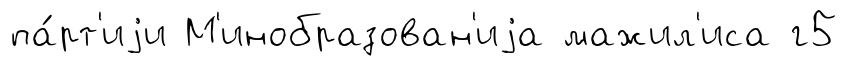
па́рт'иjи М'инобразован'иjа мажил'иса г5